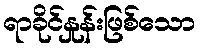
ရာခိုင်နှုန်းဖြစ်သော